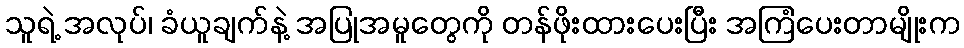
သူရဲ့ အလုပ်၊ ခံယူချက်နဲ့ အပြုအမူတွေကို တန်ဖိုးထားပေးပြီး အကြံပေးတာမျိုးက